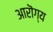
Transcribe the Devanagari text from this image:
आरॊग्य